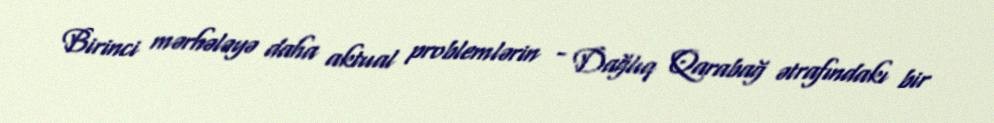
Birinci mərhələyə daha aktual problemlərin - Dağlıq Qarabağ ətrafındakı bir